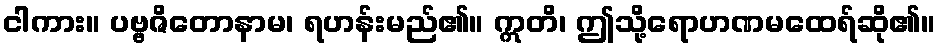
ငါကား။ ပဗ္ဗဇိတောနာမ၊ ရဟန်းမည်၏။ ဣတိ၊ ဤသို့ရောဟဏမထေရ်ဆို၏။